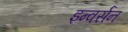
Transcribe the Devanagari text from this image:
इन्वर्सन